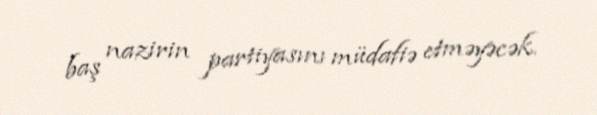
baş nazirin partiyasını müdafiə etməyəcək.